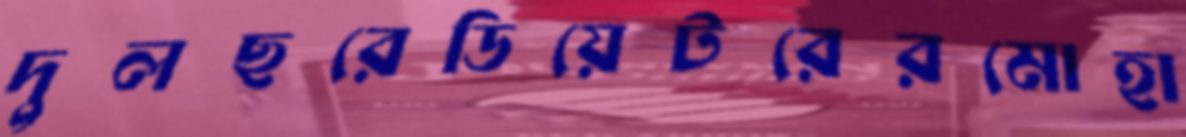
দুলছরেডিয়েটরেরমোহা